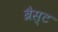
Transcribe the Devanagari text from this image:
ब्रैस्ट